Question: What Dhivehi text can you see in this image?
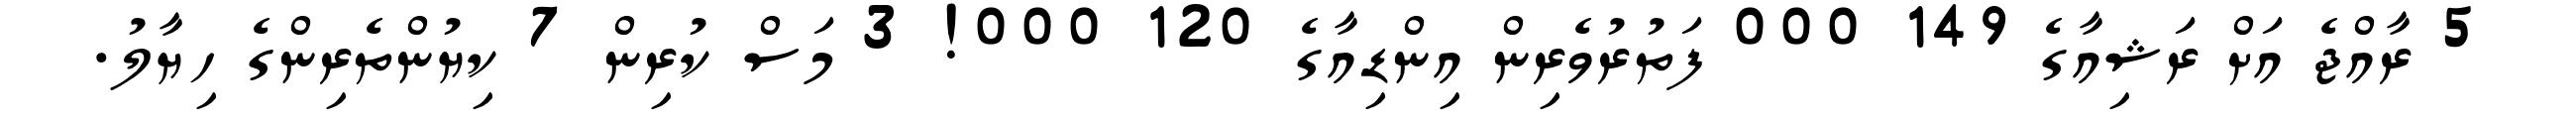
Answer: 5 ރާއްޖެ އަށް ރަޝިއާގެ 149 000 ފަތުރުވެރިން އިންޑިއާގެ 120 000! 3 މަސް ކުރިން 7 ކިޔުންތެރިންގެ ހިޔާލު.